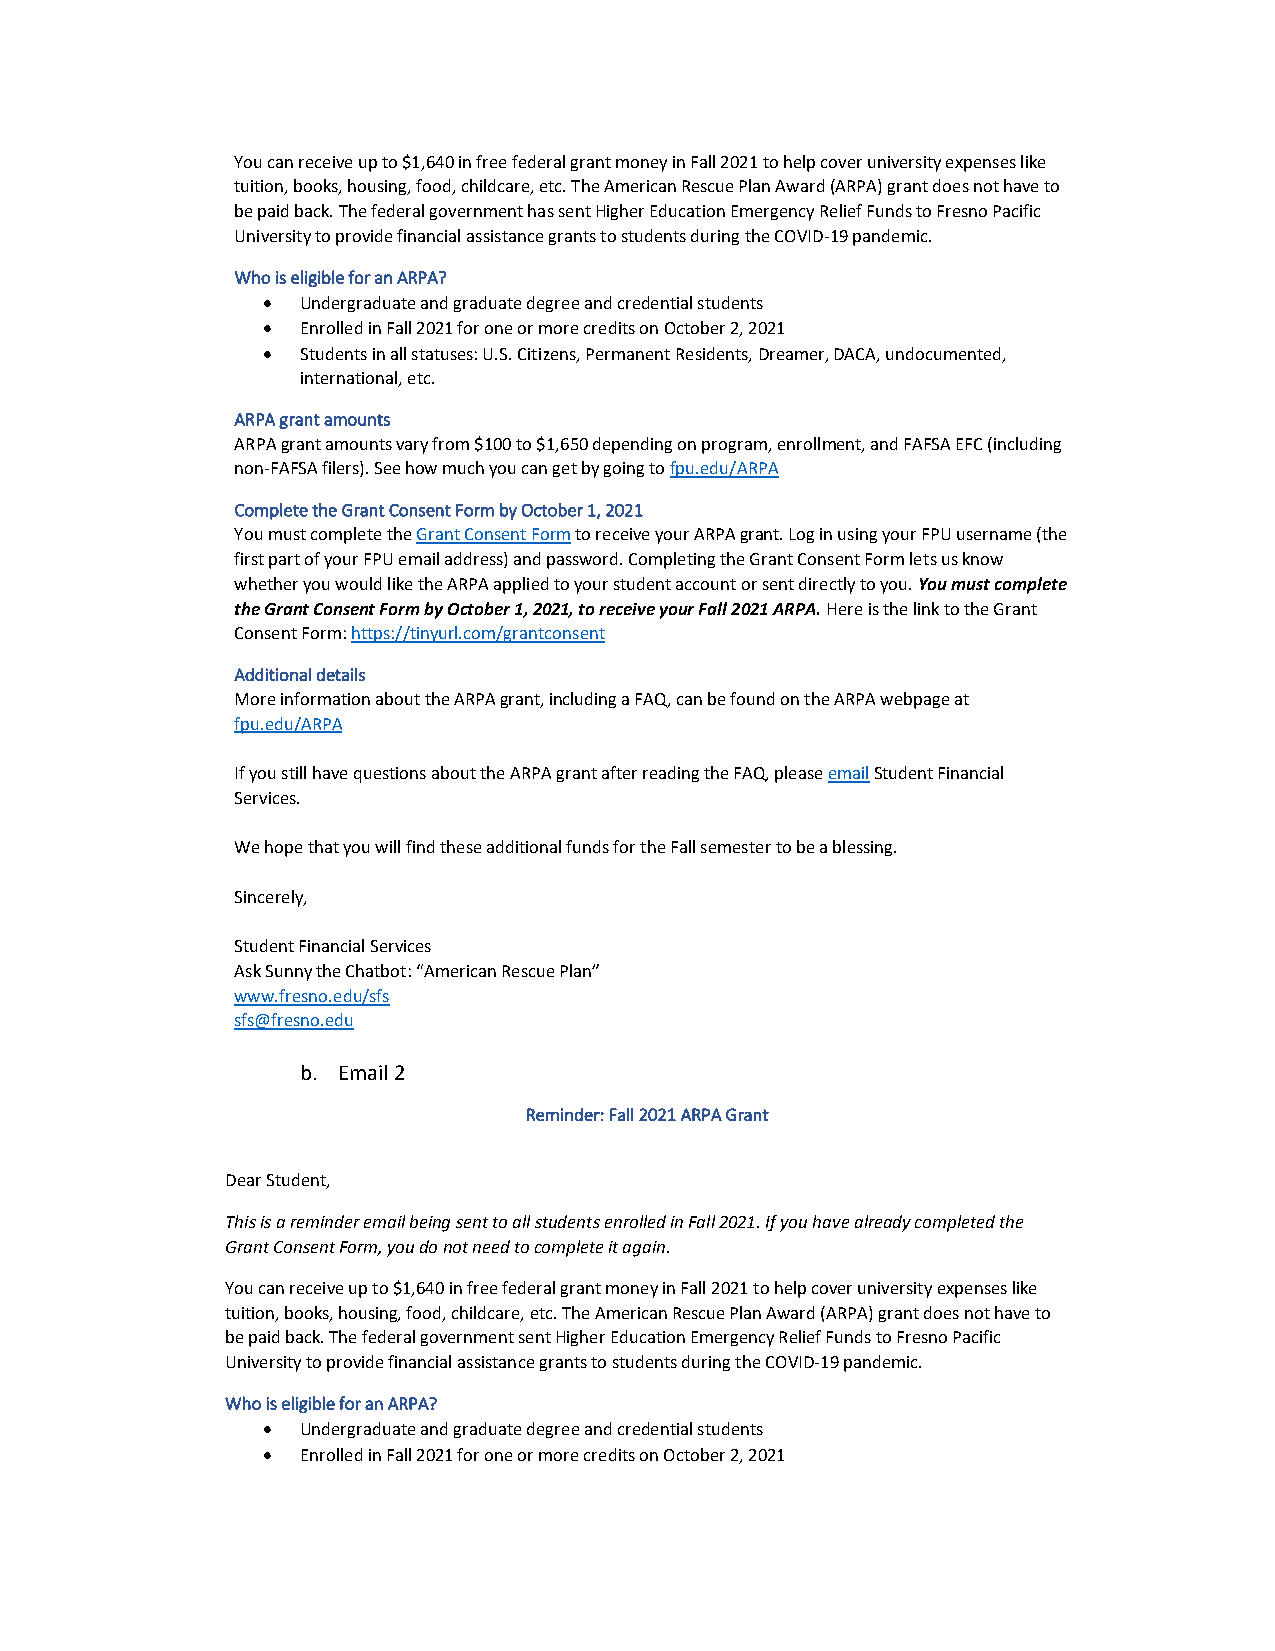
You can receive up to $1,640 in free federal grant money in Fall 2021 to help cover university expenses like
 tuition, books, housing, food, childcare, etc. The American Rescue Plan Award (ARPA) grant does not have to
 be paid back. The federal government has sent Higher Education Emergency Relief Funds to Fresno Pacific
 University to provide financial assistance grants to students during the COVID-19 pandemic.
 Who is eligible for an ARPA?
 •  Undergraduate and graduate degree and credential students
 •  Enrolled in Fall 2021 for one or more credits on October 2, 2021
 •  Students in all statuses: U.S. Citizens, Permanent Residents, Dreamer, DACA, undocumented,
 international, etc.
 ARPA grant amounts
 ARPA grant amounts vary from $100 to $1,650 depending on program, enrollment, and FAFSA EFC (including
 non-FAFSA filers). See how much you can get by going to fpu.edu/ARPA
 Complete the Grant Consent Form by October 1, 2021
 You must complete the Grant Consent Form to receive your ARPA grant. Log in using your FPU username (the
 first part of your FPU email address) and password. Completing the Grant Consent Form lets us know
 whether you would like the ARPA applied to your student account or sent directly to you. You must complete
 the Grant Consent Form by October 1, 2021, to receive your Fall 2021 ARPA. Here is the link to the Grant
 Consent Form: https://tinyurl.com/grantconsent
 Additional details
 More information about the ARPA grant, including a FAQ, can be found on the ARPA webpage at
 fpu.edu/ARPA
 If you still have questions about the ARPA grant after reading the FAQ, please email Student Financial
 Services.
 We hope that you will find these additional funds for the Fall semester to be a blessing.
 Sincerely,
 Student Financial Services
 Ask Sunny the Chatbot: “American Rescue Plan”
 www.fresno.edu/sfs
 sfs@fresno.edu
 b. Email 2
 Reminder: Fall 2021 ARPA Grant
 Dear Student,
 This is a reminder email being sent to all students enrolled in Fall 2021. If you have already completed the
 Grant Consent Form, you do not need to complete it again.
 You can receive up to $1,640 in free federal grant money in Fall 2021 to help cover university expenses like
 tuition, books, housing, food, childcare, etc. The American Rescue Plan Award (ARPA) grant does not have to
 be paid back. The federal government sent Higher Education Emergency Relief Funds to Fresno Pacific
 University to provide financial assistance grants to students during the COVID-19 pandemic.
 Who is eligible for an ARPA?
 •  Undergraduate and graduate degree and credential students
 •  Enrolled in Fall 2021 for one or more credits on October 2, 2021